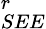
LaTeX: _{SEE}^{r}